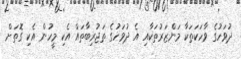
ދުވަހުގެ ވާހަކަތަކާ މަންޒަރުތަކާއި އެ ދުވަހުގެ ތަޖުރިބާތައް އެކި މީހުން އެކި ގޮތަށް